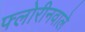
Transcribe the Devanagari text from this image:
फ्लोरीनवाले